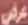
عرض